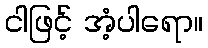
ငါဖြင့် အံ့ပါရော။